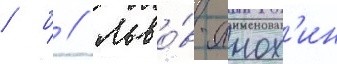
/ б // Льво́в-анох'ин